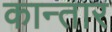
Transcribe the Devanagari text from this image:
कान्तार